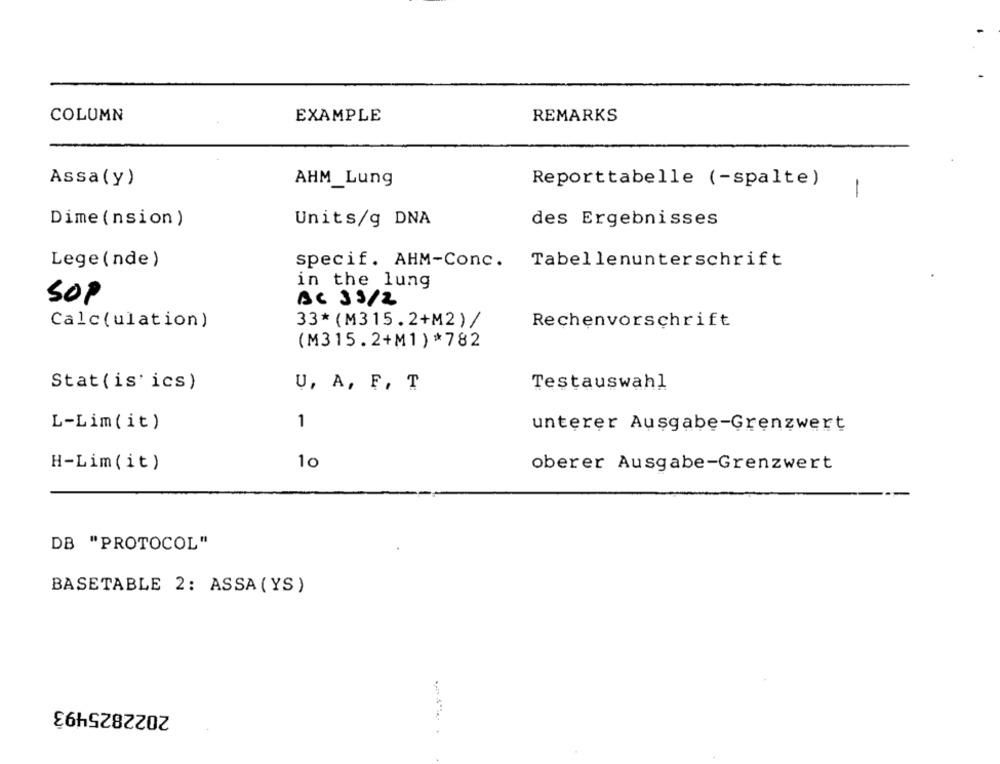
COLUMN
EXAMPLE
REMARKS
Assa(y)
AHM_Lung
Reporttabelle (-spalte)
-
Units/g DNA
des Ergebnisses
Dime (nsion)
Lege (nde)
specif. AHM-Conc.
Tabellenunterschrift
in the lung
sop
BC 39/2
Calc(ulation)
33* (M315.2+M2)/
Rechenvorschrift
(M315.2+M1)*782
Stat(is' ics)
U, A, F, T
Testauswahl
L-Lim(it)
1
unterer Ausgabe-Grenzwert
H-Lim(it)
10
oberer Ausgabe-Grenzwert
DB "PROTOCOL"
BASETABLE 2: ASSA(YS)
2022825493